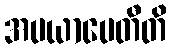
အပယာပေတီတိ